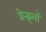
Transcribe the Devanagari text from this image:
प्रेन्झ्लॉ